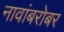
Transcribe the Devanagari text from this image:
नावांबरोबर